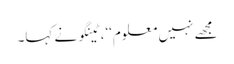
مجھے نہیں معلوم‘‘، ٹینگو نے کہا۔